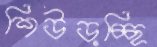
শিউড়চ্ছি